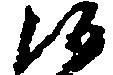
候